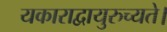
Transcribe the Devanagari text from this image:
यकाराद्वायुरुच्यते।